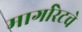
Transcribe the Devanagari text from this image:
मार्गारेटचे